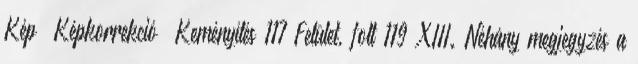
Kép Képkorrekció Keményítés 117 Felület, folt 119 XIII. Néhány megjegyzés a